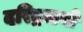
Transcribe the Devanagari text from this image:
दरिद्रजनों